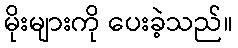
မိုးများကို ပေးခဲ့သည်။